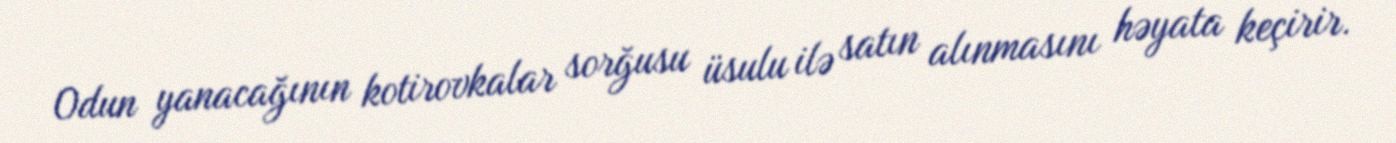
Odun yanacağının kotirovkalar sorğusu üsulu ilə satın alınmasını həyata keçirir.